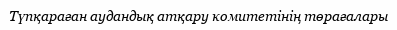
Түпқараған аудандық атқару комитетінің төрағалары